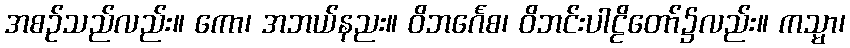
အစဉ်သည်လည်း။ ကော၊ အဘယ်နညး။ ဝိဘင်္ဂေစ၊ ဝိဘင်းပါဠိတော်၌လည်း။ ကသ္မာ၊